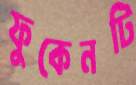
ফুকেনটি